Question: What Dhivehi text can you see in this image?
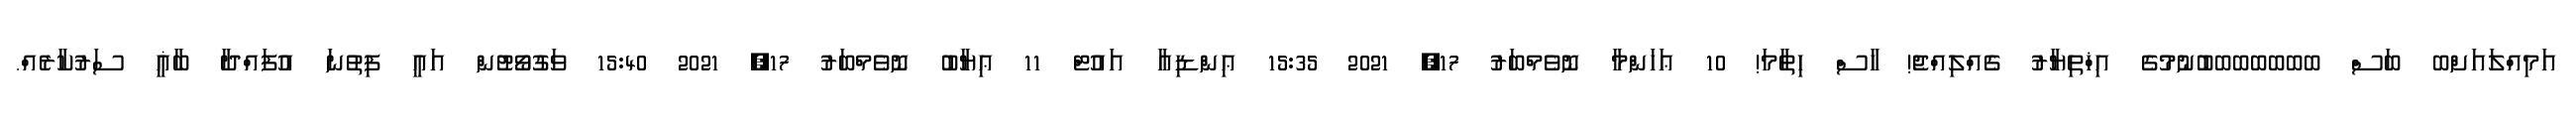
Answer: އަމިއްލައަށްބ ބަސް ބބބބބބބުނުމުގެ އިޚްތިޔާރު ގެއްލިއްޖެ! ހާސް ހިތާމަ! 10 ޢަހަންމާ ނޮވެމްބަރު 17, 2021 15:35 ޢިންޑިއާ އައުޓް 11 ޢިޔާބު ނޮވެމްބަރު 17, 2021 15:40 ވަގުވޯޓުން އައީ ފިތުނަ އުފައްދާ ބާޣީ ސަރުކާރެއް.